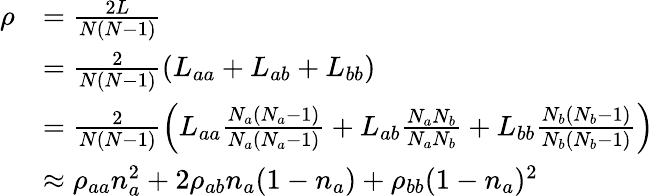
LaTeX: \begin{array}{rl}{\rho}&{=\frac{2L}{N(N-1)}}\\ &{=\frac{2}{N(N-1)}\left(L_{aa}+L_{ab}+L_{bb}\right)}\\ &{=\frac{2}{N(N-1)}\left(L_{aa}\frac{N_{a}(N_{a}-1)}{N_{a}(N_{a}-1)}+L_{ab}\frac{N_{a}N_{b}}{N_{a}N_{b}}+L_{bb}\frac{N_{b}(N_{b}-1)}{N_{b}(N_{b}-1)}\right)}\\ &{\approx\rho_{aa}n_{a}^{2}+2\rho_{ab}n_{a}(1-n_{a})+\rho_{bb}(1-n_{a})^{2}}\end{array}